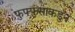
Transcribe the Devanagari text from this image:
फुफ्फुसाकडुन